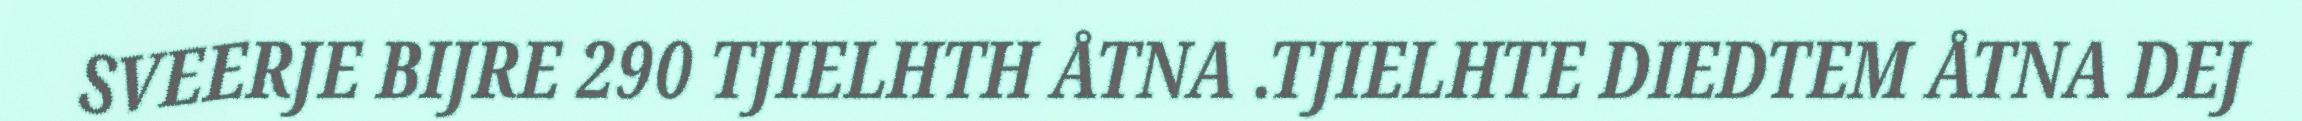
SVEERJE BIJRE 290 TJIELHTH ÅTNA .TJIELHTE DIEDTEM ÅTNA DEJ